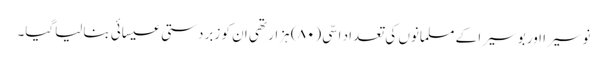
نوسیرا اور بوسیرا کے مسلمانوں کی تعداد اسّی (۸۰) ہزار تھی ان کو زبردستی عیسائی بنالیاگیا۔